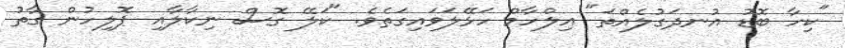
"ކިހާ ބޮޑު އުނދަގުލެއްތަ" އިލްހާމް ހަޅޭލަވައިގަތެވެ. "ކަލޭ ގޮސް ނިކާލާއި ޕޮލިހުން ގާތު